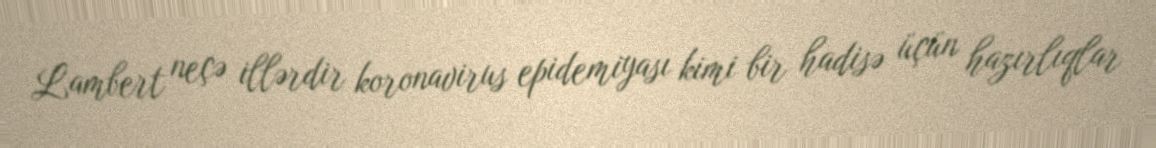
Lambert neçə illərdir koronavirus epidemiyası kimi bir hadisə üçün hazırlıqlar